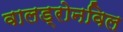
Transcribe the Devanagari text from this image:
वालड्रोनविल